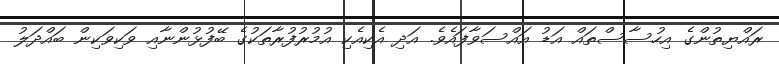
ރައްޔިތުންގެ އިހުސާސްތައް އަޑު އައްސަވާފައެވެ. އަދި އެކިއެކި އުމުރުފުރާތަކުގެ ބޭފުޅުންނާއި ވަކިވަކިން ބައްދަލު